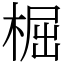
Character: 㭾